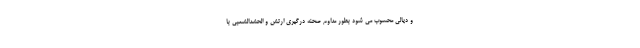
و دیالی محسوب می شود بطور مداوم صحنه درگیری ارتش و الحشدالشعبی با